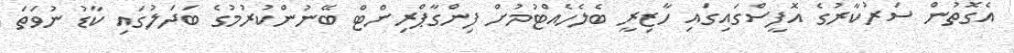
އެގޮތުން ސަރުކާރުގެ އޮފީސްގައިގައި ހާޒިރީ ބެލެހެއްޓުމުށް ފިންގާޕްރިންޓް ބޭނުންކުރުމުގެ ބަދަލުގައި ކާޑު ނުވަތަ